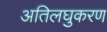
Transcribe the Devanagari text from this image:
अतिलघुकरण